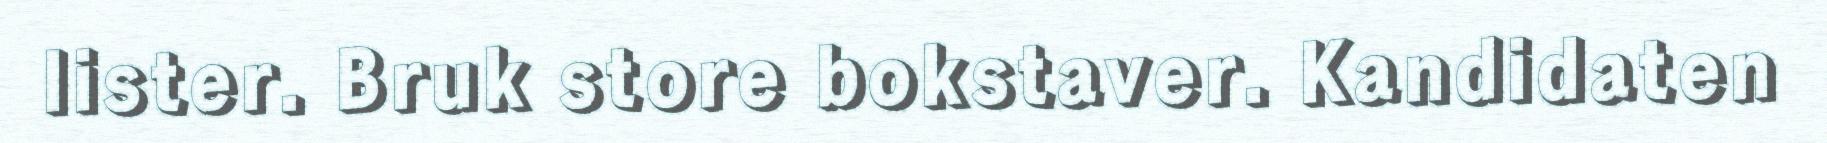
lister. Bruk store bokstaver. Kandidaten